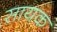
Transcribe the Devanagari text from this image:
सायक